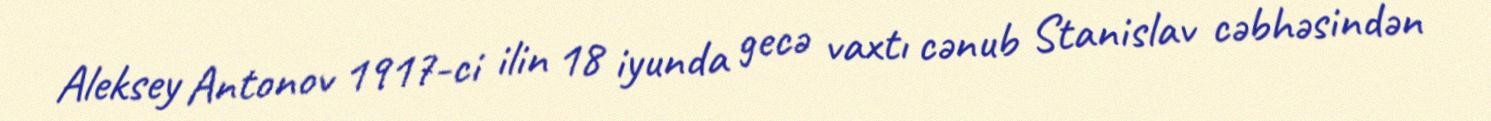
Aleksey Antonov 1917-ci ilin 18 iyunda gecə vaxtı cənub Stanislav cəbhəsindən